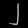
Digit: ၂